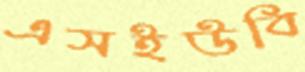
এসইউবি